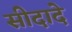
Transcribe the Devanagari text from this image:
सीदादे